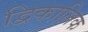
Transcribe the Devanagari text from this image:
द्विकालिक